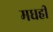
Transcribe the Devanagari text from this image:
मधही